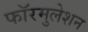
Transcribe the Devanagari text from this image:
फॉरमुलेशन